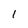
Character: 1